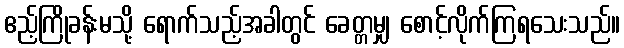
ဧည့်ကြိုခန်းမသို့ ရောက်သည့်အခါတွင် ခေတ္တမျှ စောင့်လိုက်ကြရသေးသည်။